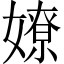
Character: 嫽